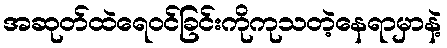
အဆုတ်ထဲရေဝင်ခြင်းကိုကုသတဲ့နေရာမှာနဲ့